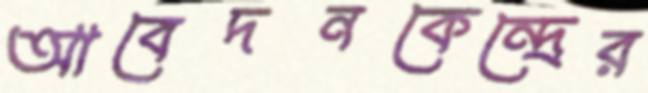
আবেদনকেন্দ্রের